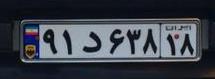
۹۱د۶۳۸۱۸